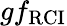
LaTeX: gf_{\mathrm{RCI}}